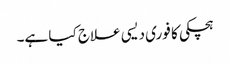
ہچکی کا فوری دیسی علاج کیا ہے۔